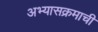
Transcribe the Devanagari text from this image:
अभ्‍यासक्रमाची